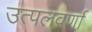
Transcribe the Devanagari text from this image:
उत्पलवर्णा